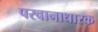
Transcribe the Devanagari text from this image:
परवानाधारक